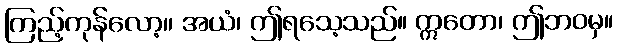
ကြည့်ကုန်လော့။ အယံ၊ ဤရသေ့သည်။ ဣတော၊ ဤဘဝမှ။